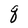
Character: q